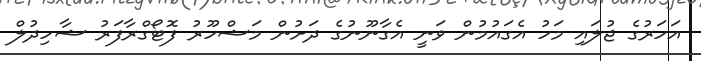
އަހަރުގެ ޖުލައި މަހު އެގައުމުން ވަނީ އެގާނޫނުގެ ދަށުން މަޝްހޫރު ފޮޓޯގްރާފަރު ޝާހިދުލް